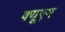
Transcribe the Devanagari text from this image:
क्यूएम